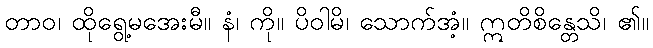
တာဝ၊ ထိုရွေ့မအေးမီ။ နံ၊ ကို။ ပိဝါမိ၊ သောက်အံ့။ ဣတိစိန္တေသိ၊ ၏။